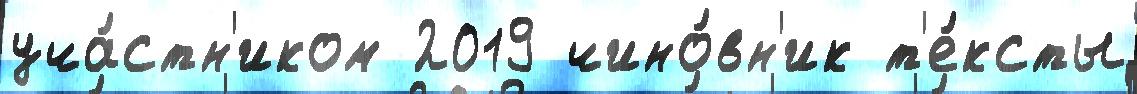
уча́стн'иком 2019 чино́вн'ик т'е́ксты